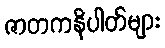
ဇာတကနိပါတ်များ